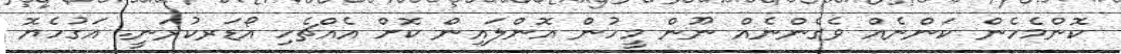
ކޮންމެހެން ކަންނެއް ވެގެންނެއް ނޫން މީހުން އޮންލައިން ކޮށް އެއްޗެހި އޯޑަރކުރަނީ. އަގުހެޔޮ